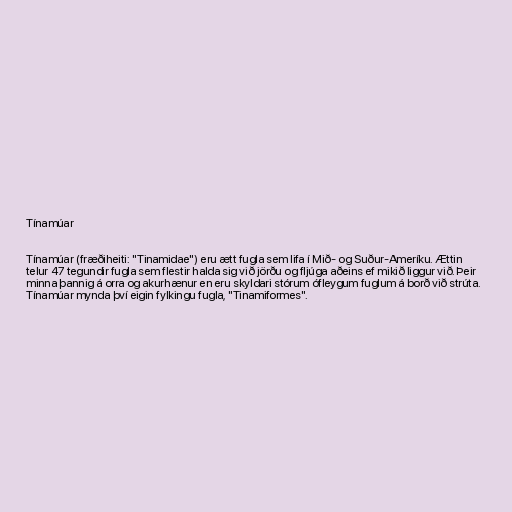
Tínamúar

Tínamúar (fræðiheiti: "Tinamidae") eru ætt fugla sem lifa í Mið- og Suður-Ameríku. Ættin
telur 47 tegundir fugla sem flestir halda sig við jörðu og fljúga aðeins ef mikið liggur við. Þeir
minna þannig á orra og akurhænur en eru skyldari stórum ófleygum fuglum á borð við strúta.
Tínamúar mynda því eigin fylkingu fugla, "Tinamiformes".